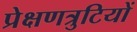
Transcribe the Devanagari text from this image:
प्रेक्षणत्रुटियों